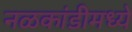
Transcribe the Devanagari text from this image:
नळकांडीमध्ये